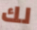
لك